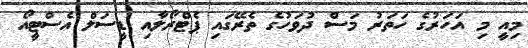
މިއީ މި އަހަރުގެ ހަތަރު މަސް ދުވަހުގެ ތެރޭގައި ޕެޓްރޯލާއި ޑީސަލް އެސްޓީއޯ